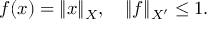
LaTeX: f ( x ) = \| x \| _ { X } , \quad \| f \| _ { X ^ { \prime } } \leq 1 .